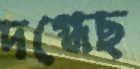
দগ্ধেছ